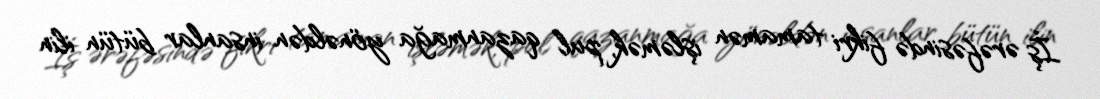
İş ərəfəsində fikri tamamən işləmək, pul qazanmağa yönəldən insanlar bütün ilin